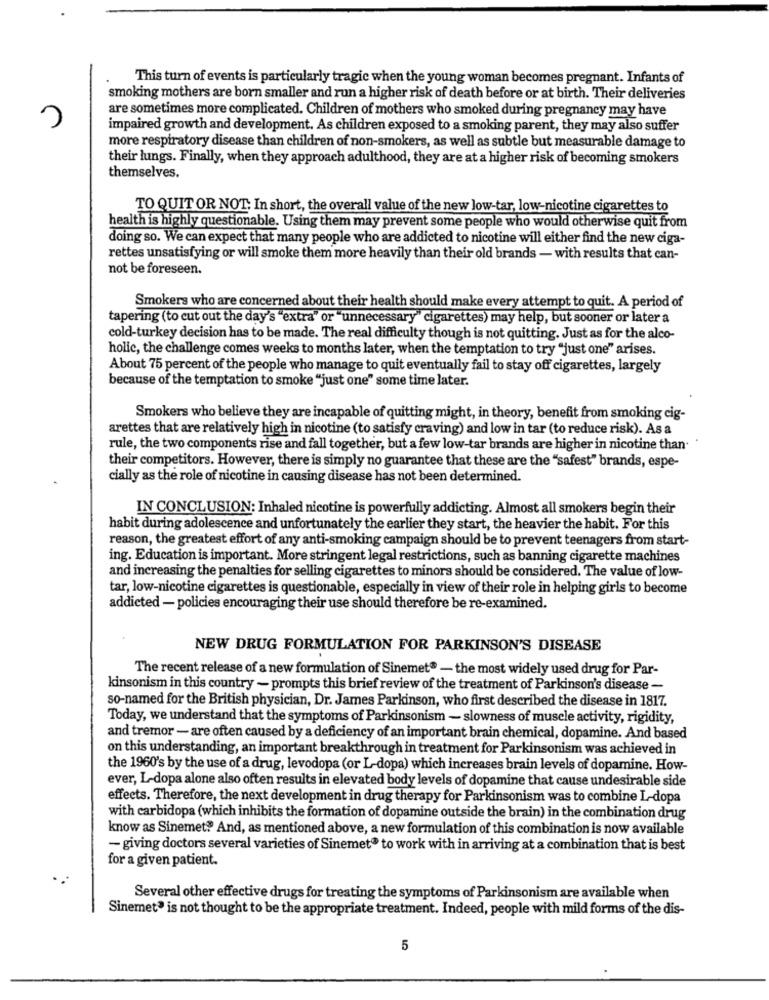
This turn of events is particularly tragic when the young woman becomes pregnant. Infants of
smoking mothers are born smaller and run a higher risk of death before or at birth. Their deliveries
are sometimes more complicated. Children of mothers who smoked during pregnancy may have
3
impaired growth and development. As children exposed to a smoking parent, they may also suffer
more respiratory disease than children of non-smokers, as well as subtle but measurable damage to
their lungs. Finally, when they approach adulthood, they are at a higher risk of becoming smokers
themselves.
TO QUIT OR NOT. In short, the overall value of the new low-tar, low-nicotine cigarettes to
health is highly questionable. Using them may prevent some people who would otherwise quit from
doing so. We can expect that many people who are addicted to nicotine will either find the new ciga-
rettes unsatisfying or will smoke them more heavily than their old brands - with results that can-
not be foreseen.
Smokers who are concerned about their health should make every attempt to quit. A period of
tapering (to cut out the day's "extra" or "unnecessary" cigarettes) may help, but sooner or later a
cold-turkey decision has to be made. The real difficulty though is not quitting. Just as for the alco-
holic, the challenge comes weeks to months later, when the temptation to try "just one" arises.
About 75 percent of the people who manage to quit eventually fail to stay off cigarettes, largely
because of the temptation to smoke "just one" some time later.
Smokers who believe they are incapable of quitting might, in theory, benefit from smoking cig-
arettes that are relatively high in nicotine (to satisfy craving) and low in tar (to reduce risk). As a
rule, the two components rise and fall together, but a few low-tar brands are higher in nicotine than-
their competitors. However, there is simply no guarantee that these are the "safest" brands, espe-
cially as the role of nicotine in causing disease has not been determined.
IN CONCLUSION: Inhaled nicotine is powerfully addicting. Almost all smokers begin their
habit during adolescence and unfortunately the earlier they start, the heavier the habit. For this
reason, the greatest effort of any anti-smoking campaign should be to prevent teenagers from start-
ing. Education is important. More stringent legal restrictions, such as banning cigarette machines
and increasing the penalties for selling cigarettes to minors should be considered. The value of low-
tar, low-nicotine cigarettes is questionable, especially in view of their role in helping girls to become
addicted - policies encouraging their use should therefore be re-examined.
NEW DRUG FORMULATION FOR PARKINSON'S DISEASE
The recent release of a new formulation of Sinemet® - the most widely used drug for Par-
kinsonism in this country - prompts this brief review of the treatment of Parkinson's disease -
so-named for the British physician, Dr. James Parkinson, who first described the disease in 1817.
Today, we understand that the symptoms of Parkinsonism - slowness of muscle activity, rigidity,
and tremor - are often caused by a deficiency of an important brain chemical, dopamine. And based
on this understanding, an important breakthrough in treatment for Parkinsonism was achieved in
the 1960's by the use of a drug, levodopa (or L-dopa) which increases brain levels of dopamine. How-
ever, L-dopa alone also often results in elevated body levels of dopamine that cause undesirable side
effects. Therefore, the next development in drug therapy for Parkinsonism was to combine L-dopa
with carbidopa (which inhibits the formation of dopamine outside the brain) in the combination drug
know as Sinemet? And, as mentioned above, a new formulation of this combination is now available
- giving doctors several varieties of Sinemet® to work with in arriving at a combination that is best
for a given patient.
Several other effective drugs for treating the symptoms of Parkinsonism are available when
Sinemet® is not thought to be the appropriate treatment. Indeed, people with mild forms of the dis-
5